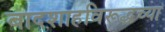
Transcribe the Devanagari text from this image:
बादशाहविरूद्धच्या